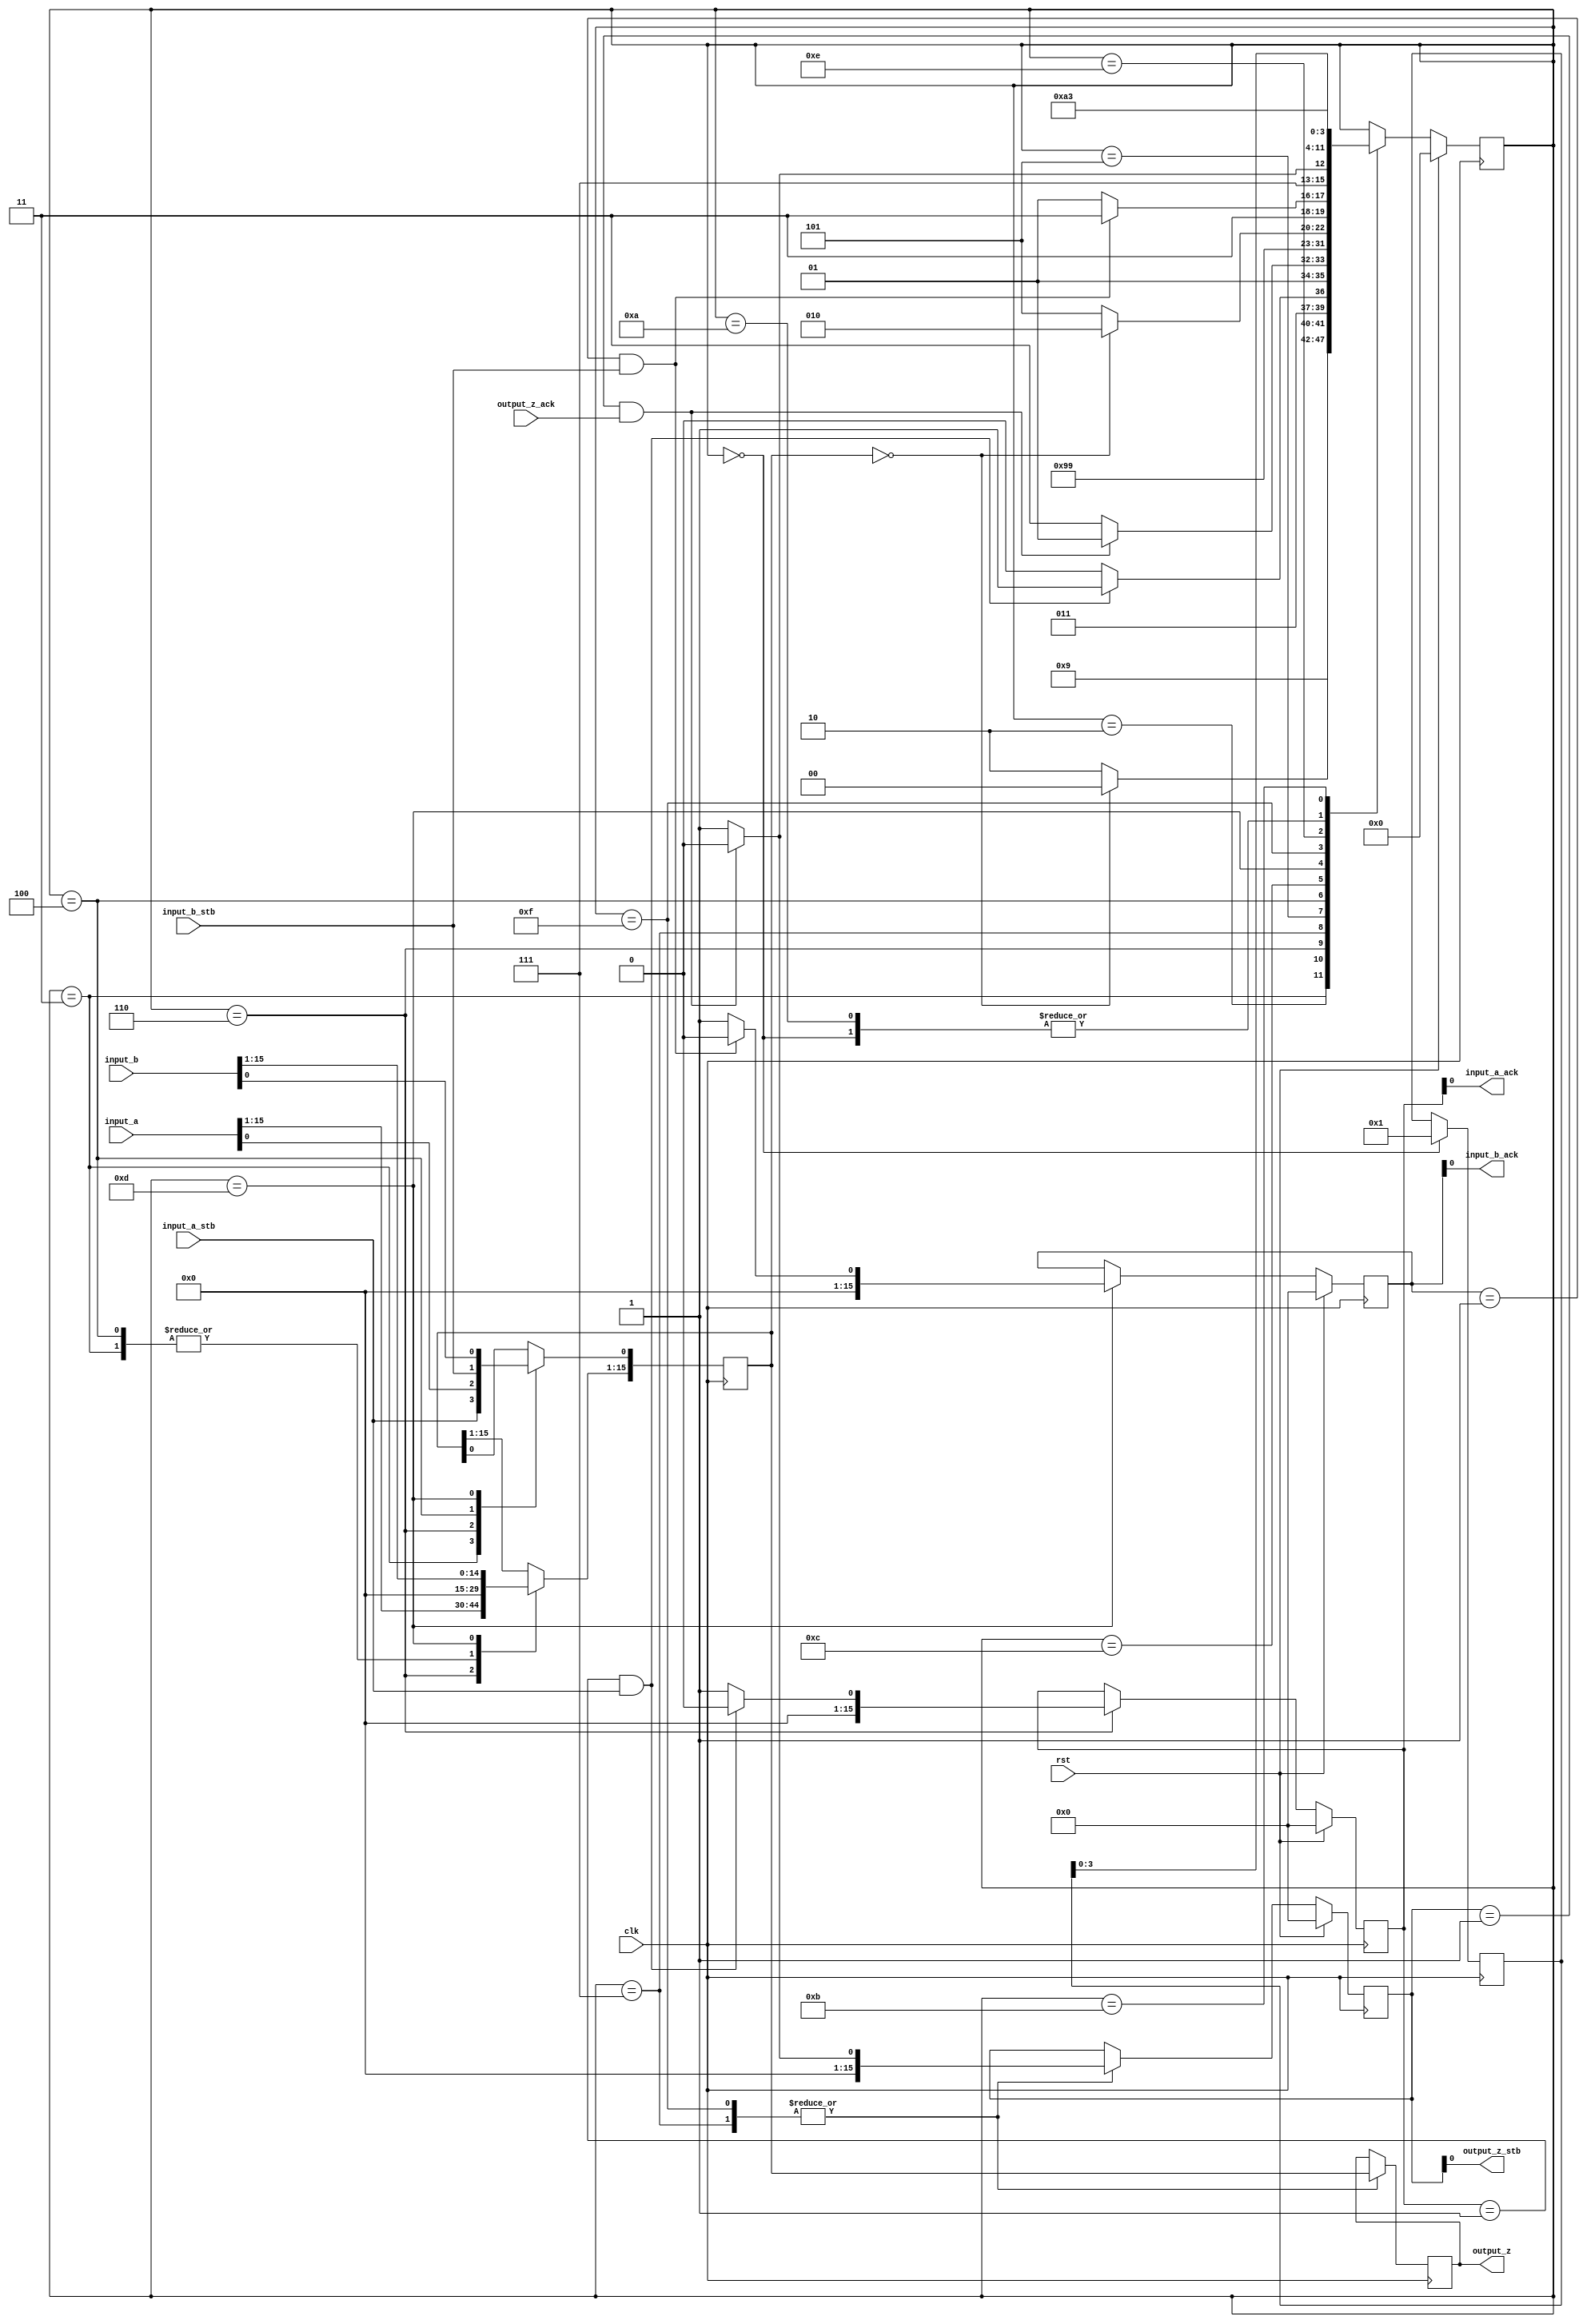
module arbiter(input_a,input_b,input_a_stb,input_b_stb,output_z_ack,clk,rst,output_z,output_z_stb,input_a_ack,input_b_ack);
  integer file_count;
  input     [15:0] input_a;
  input     [15:0] input_b;
  input     input_a_stb;
  input     input_b_stb;
  input     output_z_ack;
  input     clk;
  input     rst;
  output    [15:0] output_z;
  output    output_z_stb;
  output    input_a_ack;
  output    input_b_ack;
  reg       [15:0] timer;
  reg       [3:0] program_counter;
  reg       [15:0] address_2;
  reg       [15:0] data_out_2;
  reg       [15:0] data_in_2;
  reg       write_enable_2;
  reg       [15:0] address_4;
  reg       [31:0] data_out_4;
  reg       [31:0] data_in_4;
  reg       write_enable_4;
  reg       [15:0] register_0;
  reg       [15:0] register_1;
  reg       [15:0] s_output_z_stb;
  reg       [15:0] s_output_z;
  reg       [15:0] s_input_a_ack;
  reg       [15:0] s_input_b_ack;

  //////////////////////////////////////////////////////////////////////////////
  // FSM IMPLEMENTAION OF C PROCESS                                             
  //                                                                            
  // This section of the file contains a Finite State Machine (FSM) implementing
  // the C process. In general execution is sequential, but the compiler will   
  // attempt to execute instructions in parallel if the instruction dependencies
  // allow. Further concurrency can be achieved by executing multiple C         
  // processes concurrently within the device.                                  
  
  always @(posedge clk)
  begin

    //implement timer
    timer <= 16'h0000;

    case(program_counter)

      16'd0:
      begin
        program_counter <= 16'd1;
        program_counter <= 16'd3;
        register_0 <= 16'd1;
      end

      16'd1:
      begin
        program_counter <= 16'd3;
        program_counter <= program_counter;
      end

      16'd3:
      begin
        program_counter <= 16'd2;
        register_1 <= 0;
        register_1[0] <= input_a_stb;
      end

      16'd2:
      begin
        program_counter <= 16'd6;
        if (register_1 == 0)
          program_counter <= 4;
      end

      16'd6:
      begin
        program_counter <= 16'd7;
        register_1 <= input_a;
        program_counter <= 6;
        s_input_a_ack <= 1'b1;
       if (s_input_a_ack == 1'b1 && input_a_stb == 1'b1) begin
          s_input_a_ack <= 1'b0;
          program_counter <= 16'd7;
        end
      end

      16'd7:
      begin
        program_counter <= 16'd5;
        s_output_z <= register_1;
        program_counter <= 7;
        s_output_z_stb <= 1'b1;
        if (s_output_z_stb == 1'b1 && output_z_ack == 1'b1) begin
          s_output_z_stb <= 1'b0;
          program_counter <= 5;
        end
      end

      16'd5:
      begin
        program_counter <= 16'd4;
        program_counter <= 16'd4;
      end

      16'd4:
      begin
        program_counter <= 16'd12;
        register_1 <= 0;
        register_1[0] <= input_b_stb;
      end

      16'd12:
      begin
        program_counter <= 16'd13;
        if (register_1 == 0)
          program_counter <= 10;
      end

      16'd13:
      begin
        program_counter <= 16'd15;
        register_1 <= input_b;
        program_counter <= 13;
        s_input_b_ack <= 1'b1;
       if (s_input_b_ack == 1'b1 && input_b_stb == 1'b1) begin
          s_input_b_ack <= 1'b0;
          program_counter <= 16'd15;
        end
      end

      16'd15:
      begin
        program_counter <= 16'd14;
        s_output_z <= register_1;
        program_counter <= 15;
        s_output_z_stb <= 1'b1;
        if (s_output_z_stb == 1'b1 && output_z_ack == 1'b1) begin
          s_output_z_stb <= 1'b0;
          program_counter <= 14;
        end
      end

      16'd14:
      begin
        program_counter <= 16'd10;
        program_counter <= 16'd10;
      end

      16'd10:
      begin
        program_counter <= 16'd11;
        program_counter <= 16'd3;
      end

      16'd11:
      begin
        program_counter <= 16'd9;
        program_counter <= register_0;
      end

    endcase
    if (rst == 1'b1) begin
      program_counter <= 0;
      s_input_a_ack <= 0;
      s_input_b_ack <= 0;
      s_output_z_stb <= 0;
    end
  end
  assign input_a_ack = s_input_a_ack;
  assign input_b_ack = s_input_b_ack;
  assign output_z_stb = s_output_z_stb;
  assign output_z = s_output_z;

endmodule